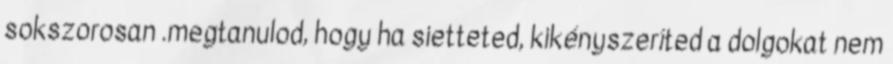
sokszorosan .megtanulod, hogy ha sietteted, kikényszeríted a dolgokat nem